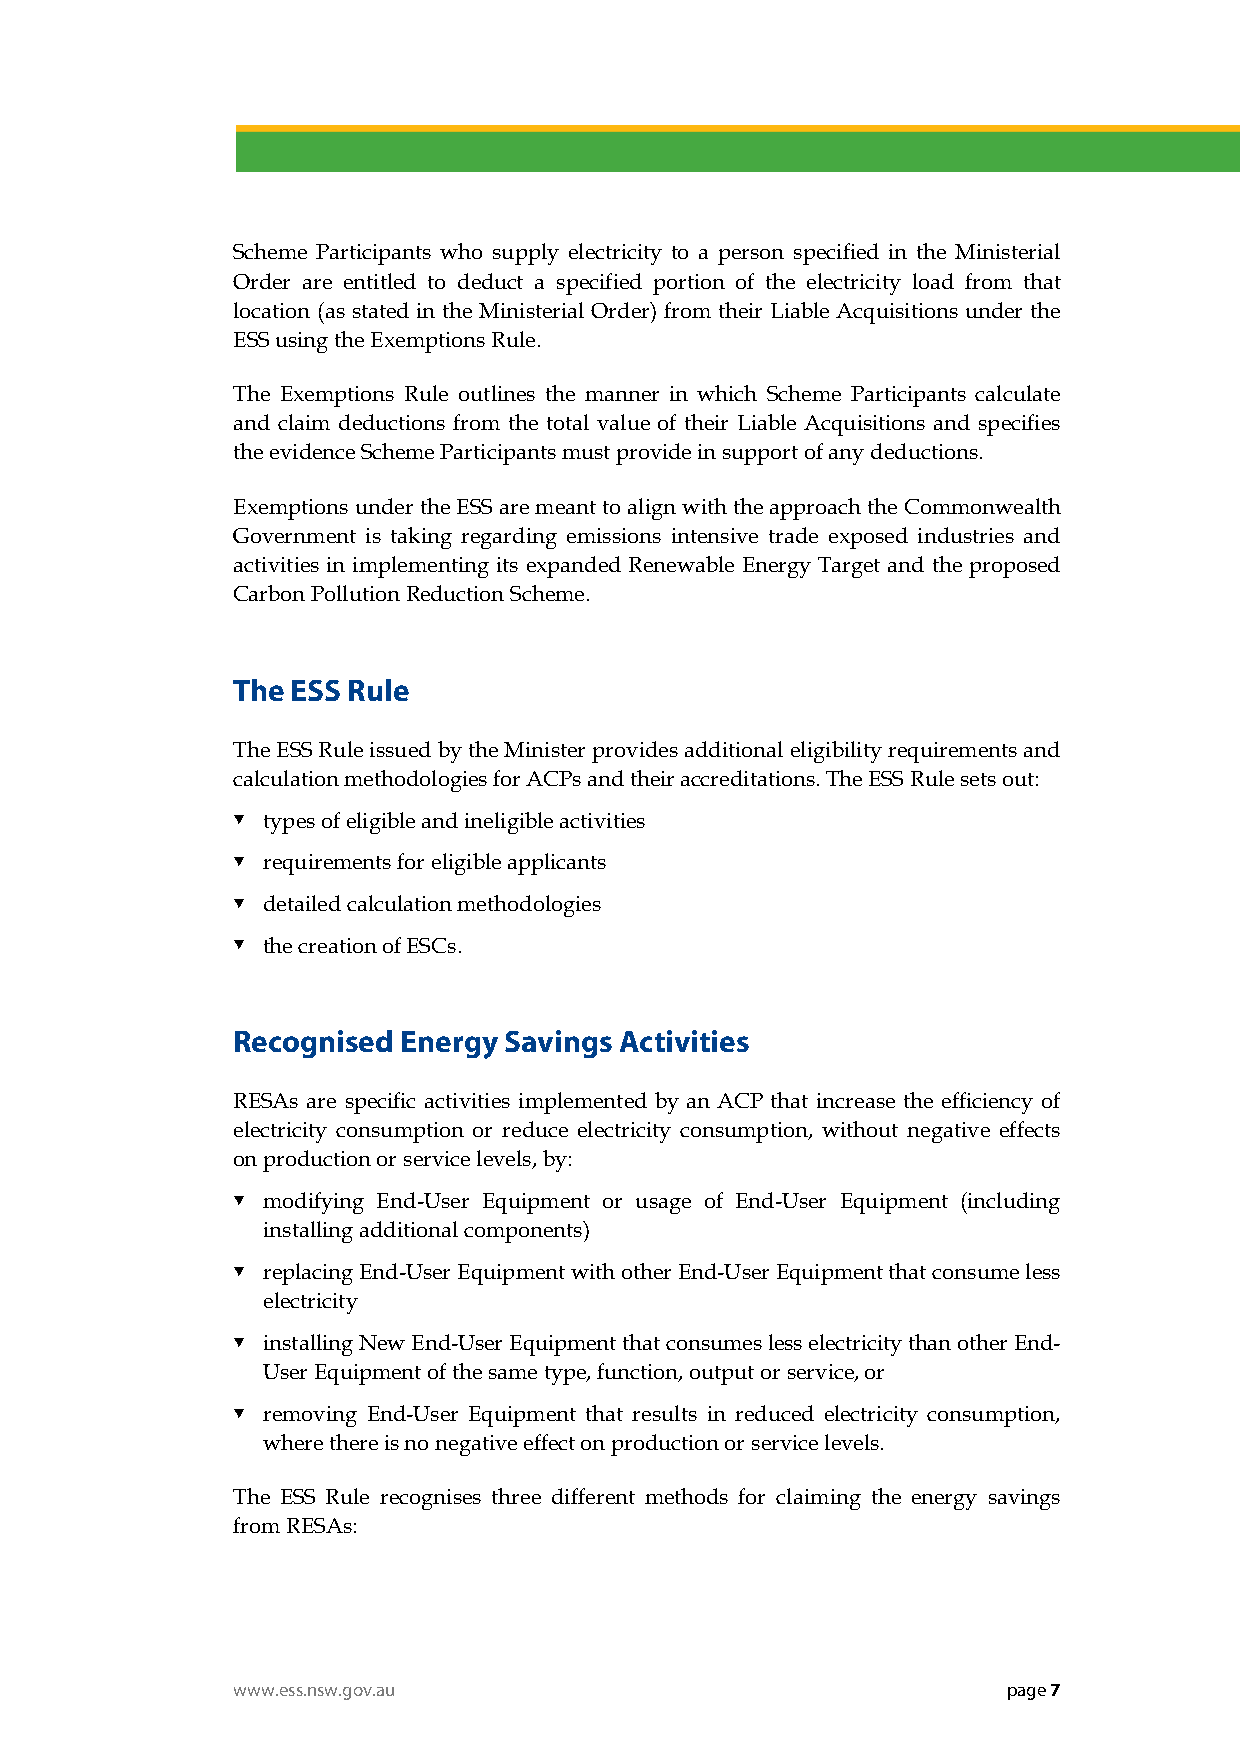
Scheme Participants who supply electricity to a person specified in the Ministerial
 Order are entitled to deduct a specified portion of the electricity load from that
 location (as stated in the Ministerial Order) from their Liable Acquisitions under the
 ESS using the Exemptions Rule.
 The Exemptions Rule outlines the manner in which Scheme Participants calculate
 and claim deductions from the total value of their Liable Acquisitions and specifies
 the evidence Scheme Participants must provide in support of any deductions.
 Exemptions under the ESS are meant to align with the approach the Commonwealth
 Government is taking regarding emissions intensive trade exposed industries and
 activities in implementing its expanded Renewable Energy Target and the proposed
 Carbon Pollution Reduction Scheme.
 The ESS Rule
 The ESS Rule issued by the Minister provides additional eligibility requirements and
 calculation methodologies for ACPs and their accreditations. The ESS Rule sets out:
  types of eligible and ineligible activities
  requirements for eligible applicants
  detailed calculation methodologies
  the creation of ESCs.
 Recognised  Energy Savings Activities
 RESAs are specific activities implemented by an ACP that increase the efficiency of
 electricity consumption or reduce electricity consumption, without negative effects
 on production or service levels, by:
  modifying End-User Equipment or usage of End-User Equipment (including
 installing additional components)
  replacing End-User Equipment with other End-User Equipment that consume less
 electricity
  installing New End-User Equipment that consumes less electricity than other End-
 User Equipment of the same type, function, output or service, or
  removing End-User Equipment that results in reduced electricity consumption,
 where there is no negative effect on production or service levels.
 The ESS Rule recognises three different methods for claiming the energy savings
 from RESAs:
 www.ess.nsw.gov.au                                  page 7